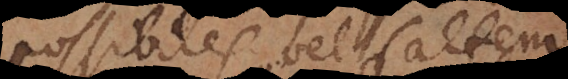
possibiles vel saltem